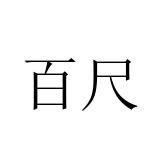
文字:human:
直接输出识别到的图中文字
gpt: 百尺